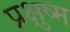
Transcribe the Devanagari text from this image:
प्रक्षुष्म